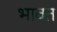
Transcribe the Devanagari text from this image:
भावत